Report of the Hyderabad Chloroform Commission
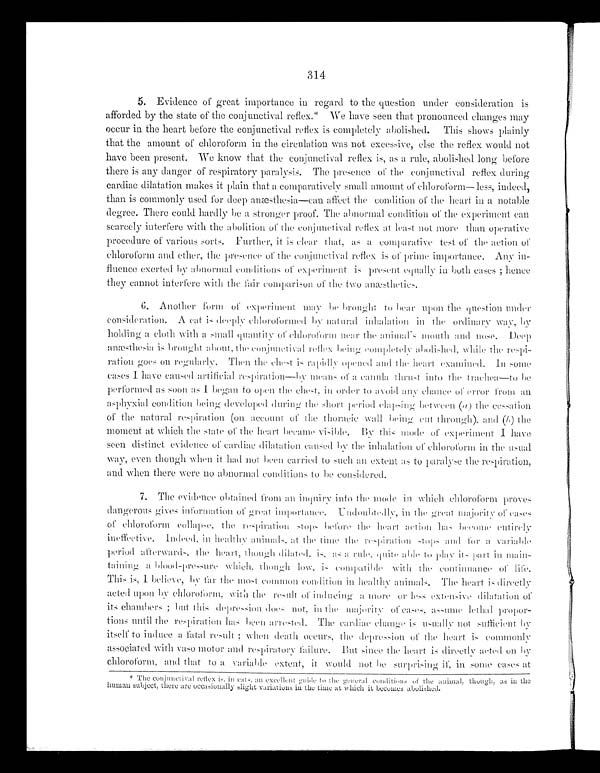
314
5. Evidence of great importance in regard to the question under consideration is
afforded by the state of the conjunctival reflex.* We have seen that pronounced changes may
occur in the heart before the conjunctival reflex is completely abolished. This shows plainly
that the amount of chloroform in the circulation was not excessive, else the reflex would not
have been present. We know that the conjunctival reflex is, as a rule, abolished long before
there is any danger of respiratory paralysis. The presence of the conjunctival reflex during
cardiac dilatation makes it plain that a comparatively small amount of chloroform—less, indeed,
than is commonly used for deep anæsthesia—can affect the condition of the heart in a notable
degree. There could hardly be a stronger proof. The abnormal condition of the experiment can
scarcely interfere with the abolition of the conjunctival reflex at least not more than operative
procedure of various sorts. Further, it is clear that, as a comparative test of the action of
chloroform and ether, the presence of the conjunctival reflex is of prime importance. Any in-
fluence exerted by abnormal conditions of experiment is present equally in both cases; hence
they cannot interfere with the fair comparison of the two anæsthetics.
6. Another form of experiment may be brought to bear upon the question under
consideration. A cat is deeply chloroformed by natural inhalation in the ordinary way, by
holding a cloth with a small quantity of chloroform near the animal's mouth and nose. Deep
anæsthesia is brought about, the conjunctival reflex being completel
y abolished, while the respi-ration goes on regularly. Then the chest is rapidly opened and the heart examined. In so
m e c a s e s I h a v e c a u s e d a r t i f i c i a l r e s p i r a t i o n — b y m e a n s o f a c a n u l a t h r u s t i n t o t h e t r a c h e a — t o b e
performed as soon as I began to open the chest, in order to avoid any chance of error from
a n a s p h y x i a l c o n d i t i o n b e i n g d e v e l o p e d d u r i n g t h e s h o r t p e r i o d e l a p s i n g b e t w e e n (
a ) t h e c e s s a t i o n
of the natural respiration (on account of the thoracic wall being cut through), and ( b ) the
moment at which the state of the heart became visible. By this mode of experiment I have
seen distinct evidence of cardiac dilatation caused by the inhalation of chloroform in the usual
way, even though when it had not been carried to such an extent as to paralyse the respiration,
and when there were no abnormal conditions to be considered.
7. The evidence obtained from an inquiry into the mode in which chloroform proves
dangerous gives information of great importance. Undoubtedly, in the great majority of cases
of chloroform collapse, the respiration stops before the heart action has become entirely
ineffective. Indeed,. in healthy animals, at the time the respiration stops and for a variable
period afterwards, the heart, though dilated, is as a rule, quite able to play its part in main-
taining a blood-pressure which, though low, is compatible with the continuance of life.
This is, I believe, by far the most common condition in healthy animals. The heart is directly
acted upon by chloroform, with the result of inducing a more or less extensive dilatation of
its chambers; but this depression does not, in the majority of cases, assume lethal propor--
tions until the respiration has been arrested. The cardiac change is usually not sufficient by
itself to induce a fatal result; when death occurs, the depression of the heart is commonly
associated with vaso motor and respiratory failure. But since the heart is directly acted on
by chloroform, and that to a variable extent, it would not be surprising if, in some cases at
*The conjunctival reflex is, in cats, an excellent guide to the general conditions of the animal, though, as in the
human subject, there are occasionally slight variations in the time at which it becomes abolished.